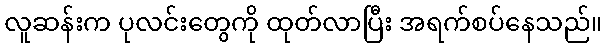
လူဆန်းက ပုလင်းတွေကို ထုတ်လာပြီး အရက်စပ်နေသည်။